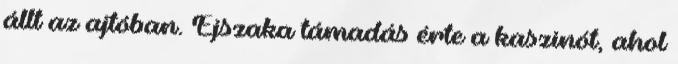
állt az ajtóban. Éjszaka támadás érte a kaszinót, ahol